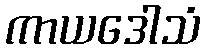
ကာယဒေါသံ